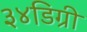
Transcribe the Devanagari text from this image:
३४डिग्री